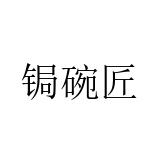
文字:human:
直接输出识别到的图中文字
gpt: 锔碗匠